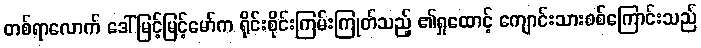
တစ်ရာလောက် ဒေါ်မြင့်မြင့်မော်က ရိုင်းစိုင်းကြမ်းကြုတ်သည့် ၏ရှုထောင့် ကျောင်းသားစစ်ကြောင်းသည်